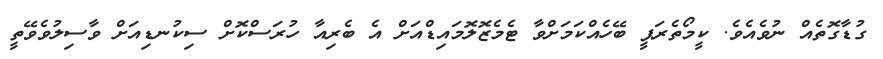
ގުޑާގޮތެއް ނުވެއެވެ. ކީމޯތެރަޕީ ބޭހެއްކަމަށްވާ ޓެމެޒޮލޮމައިޑްއަށް އެ ބެރިއާ ހުރަސްކޮށް ސިކުނޑިއަށް ވާސިލުވެވޭތީ